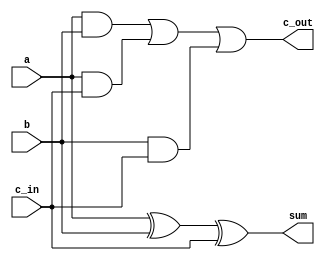
`timescale 10ns/1ns
module add1(input a, input b, input c_in, output sum, output c_out);
    xor G1(sum,a,b,c_in);
    and G2(t1,a,b);
    and G3(t2,a,c_in);
    and G4(t3,b,c_in);
    or G5(c_out, t1,t2,t3);
endmodule